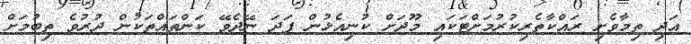
އަދި ތިމާވެށި ރައްކާތެރިކުރުމަށްޓަކައި މޫދަށް ކުނިއެޅުން ފަދަ ނޭދެވޭ ކަންތައްތަކުން ދުރުވެ ތިބުމަށް